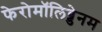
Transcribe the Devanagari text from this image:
फेरोमॉलिब्डेनम